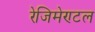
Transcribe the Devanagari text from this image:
रेजिमेण्टल